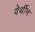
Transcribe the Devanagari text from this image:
वेर्थीम